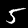
Digit: 5